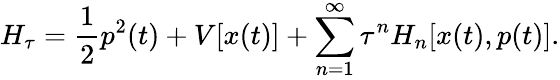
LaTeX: H_{\tau}=\frac{1}{2}p^{2}(t)+V[x(t)]+\sum_{n=1}^{\infty}\tau^{n}H_{n}[x(t),p(t)].